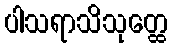
ပါသရာသိသုတ္ထေ